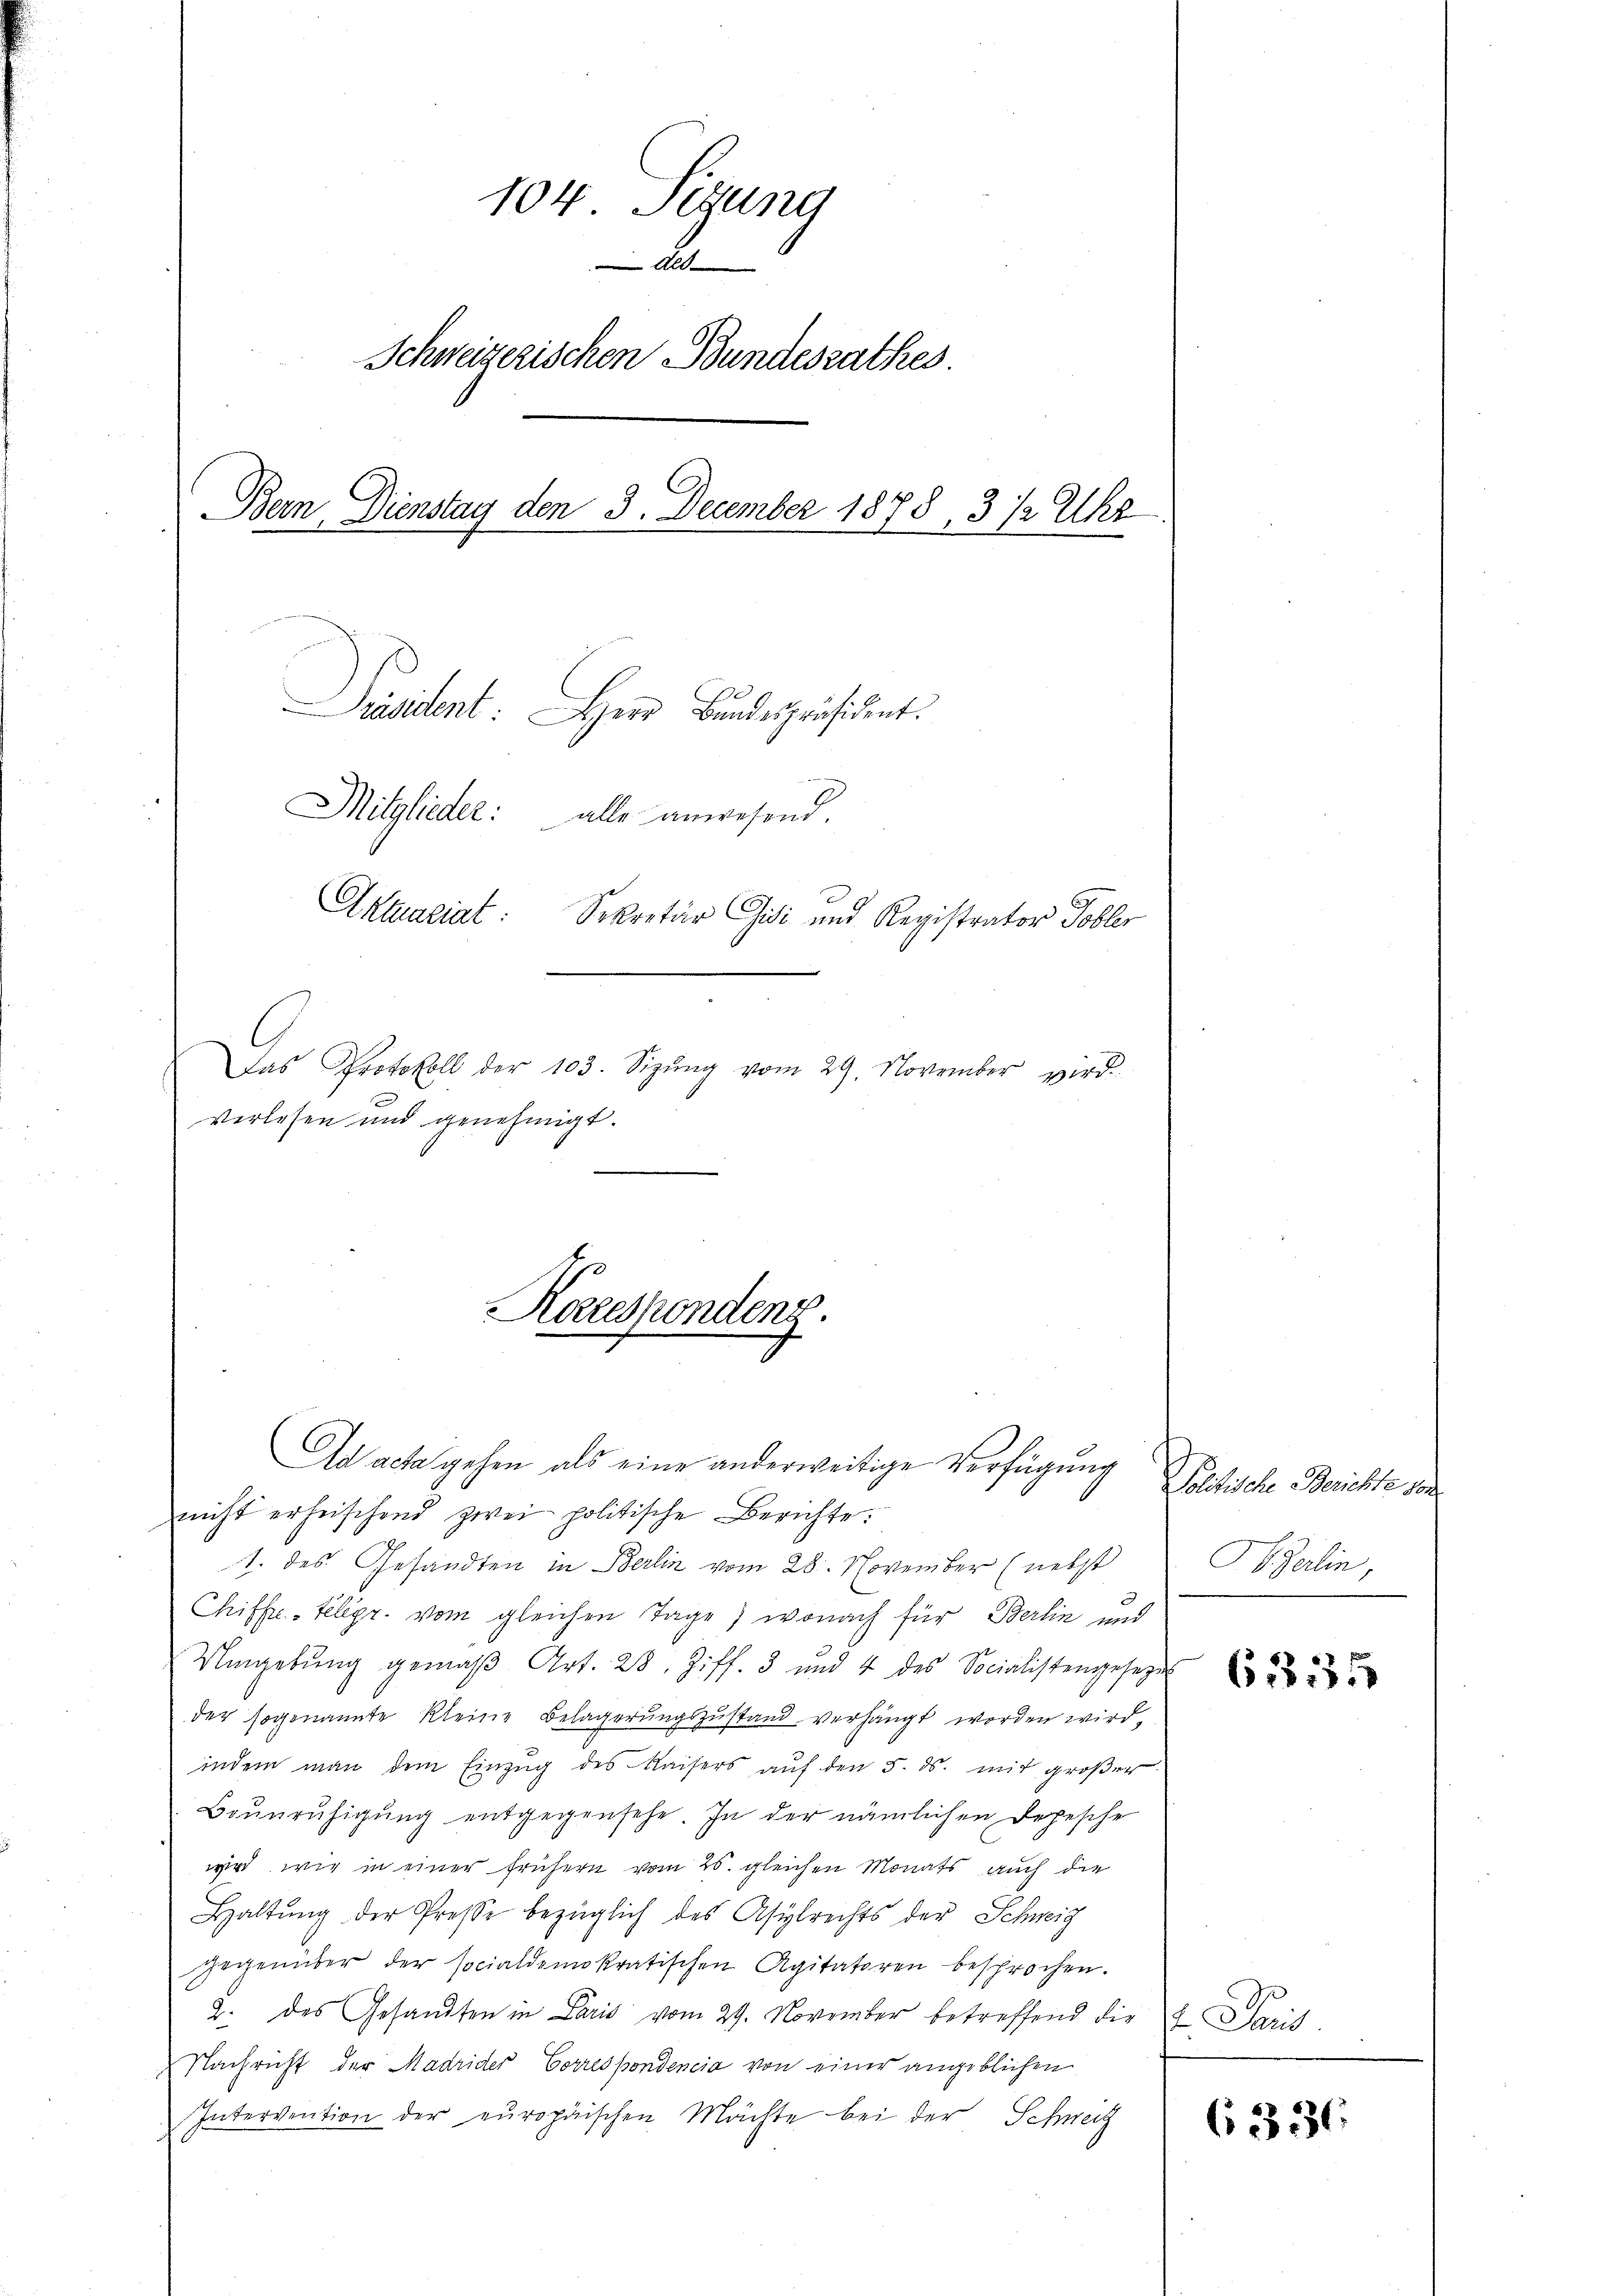
104 Sizung
A
Schweizerischen Bundesrathes.
Bern, Dienstag den 3. December 1878, 3 ½ Uhr
Prvient Herr Bundespräsident.
Mitglieder: alle anwesend.
Aktuariat: Sekretär Gisi und Registrator Tobler
Das Protokoll der 103. Sizŭng vom 29. November wird.
verlesen und genehmigt.

Karespondenz.

Ad acta gehen als eine anderweitige Verfügung
nicht erheischend zwei politische Berichte:
1. des Gesandten in Berlin vom 28. November (nebst
Chiffre-Telegr. vom gleichen Tage) wonach für Berlin und
Umgebŭng gemäβ Art. 28. Ziff. 3 und 4 des Socialistengesetzen
der sogenannte kleine Belagerungszustand verhängt worden wird,
indem man dem Einzug des Kaisers auf den 5. ds. mit großer
Beunruhigung entgegensehe. In der nämlichen Depesche
wird wie in einer frühern vom 25. gleichen Monats auch die
Haltŭng der Presse bezüglich des Asylrechts der Schweiz
gegenüber der socialdemokratischen Agitatoren besprochen.
2. des Gesandten in Paris vom 29. November betreffend die Paris
Nachricht der Madrider Correspondencia von einer angeblichen
Intervention der europäischen Mächte bei der Schweiz

Voltische Berichte 102.
Aderlin,

61235

( 336.